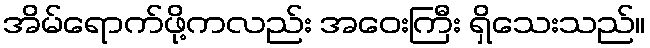
အိမ်ရောက်ဖို့ကလည်း အဝေးကြီး ရှိသေးသည်။